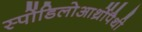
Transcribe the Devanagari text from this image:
स्पोंडिलोआर्थ्रोपैथी